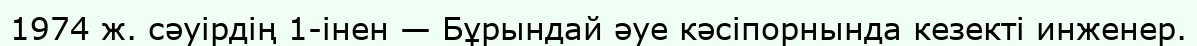
1974 ж. сәуірдің 1-інен — Бұрындай әуе кәсіпорнында кезекті инженер.